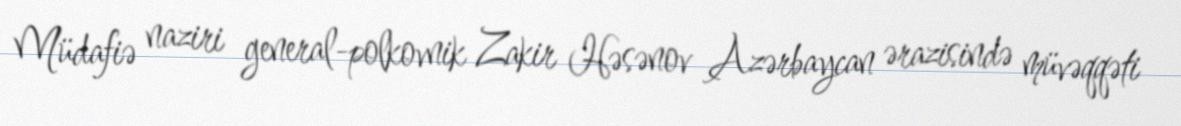
Müdafiə naziri general-polkovnik Zakir Həsənov Azərbaycan ərazisində müvəqqəti